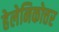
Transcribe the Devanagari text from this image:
हेलेनिकोत्तर